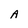
Character: A